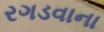
રગડવાના